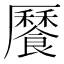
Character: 𩞨